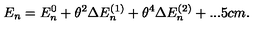
E _ { n } = E _ { n } ^ { 0 } + \theta ^ { 2 } \Delta E _ { n } ^ { ( 1 ) } + \theta ^ { 4 } \Delta E _ { n } ^ { ( 2 ) } + . . . \hspace { . 5 c m . }